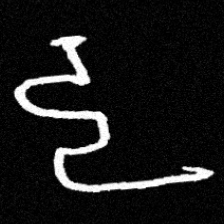
Pyu character \u2014 Myanmar letter: ဠ (romanized: lla)